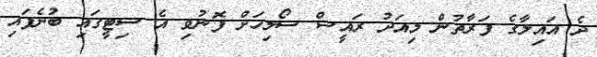
ދެ އައިލާގެ ފަރާތުން މިއަދު ރައީސް ސޯލިހަށް ފޮނުވި އެ ސިޓީގައި ބުނެފައި